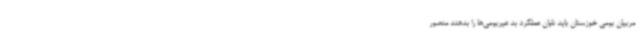
مربیان بومی خوزستان باید تاوان عملکرد بد غیربومی‌ها را بدهند منصور